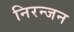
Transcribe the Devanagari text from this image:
निरन्जन